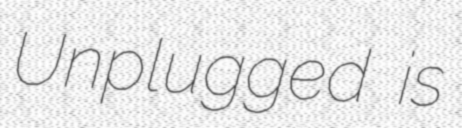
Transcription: Unplugged is